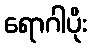
ရောဂါပိုး